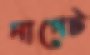
নাগেট